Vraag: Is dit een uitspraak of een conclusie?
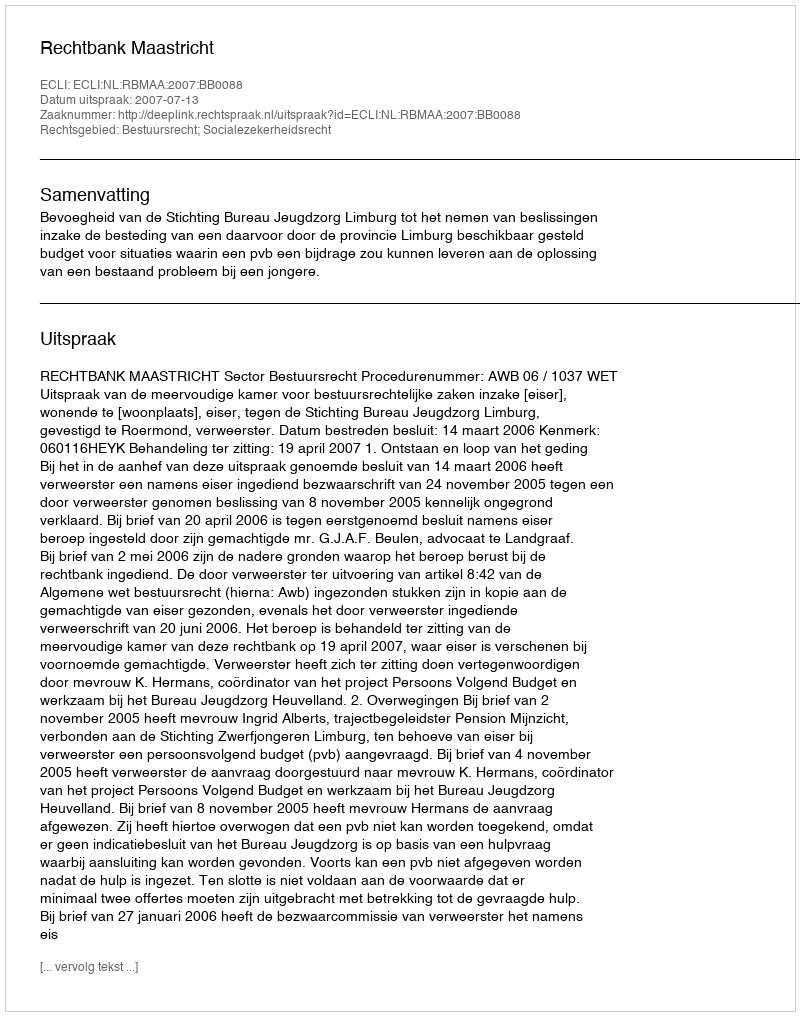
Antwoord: Uitspraak